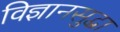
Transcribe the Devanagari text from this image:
विज्ञानसुद्धा